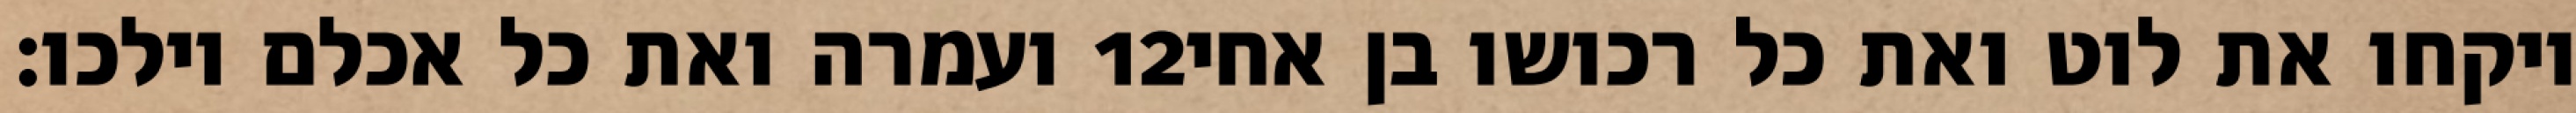
ועמרה ואת כל אכלם וילכו׃ ‎12‏ ויקחו את לוט ואת כל רכושו בן אחי